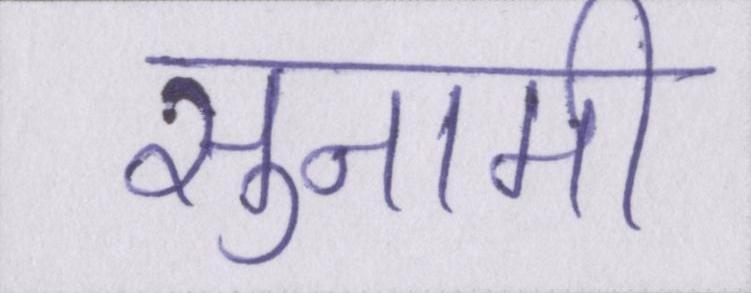
सुनामी